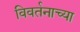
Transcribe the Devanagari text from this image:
विवर्तनाच्या